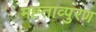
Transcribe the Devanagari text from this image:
मह्ताव्पुरण